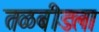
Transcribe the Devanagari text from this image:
तळबीडला